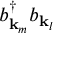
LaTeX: b _ { \mathbf { k } _ { m } } ^ { \dagger } b _ { \mathbf { k } _ { l } }